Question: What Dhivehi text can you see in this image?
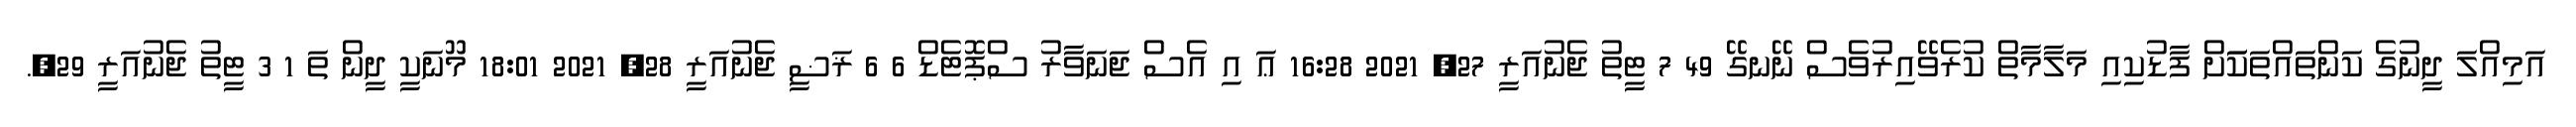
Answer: އަމިއްލަ ދީނުގެ ކަންތައްތަކަަށް ފާޑުކިއި މަލާމާތް ކުރެވޭއިރުވެސް ނޭނގޭ 49 7 ޓީތު ޖެނުއަރީ 27, 2021 16:28 ޢަ އި އެސް ޖަނަވާރު ސްޕޮޓެޑް 6 6 ޜަޟީ ޖެނުއަރީ 28, 2021 18:01 މޫނަކީ ދީން ތަ 1 3 ޓީތު ޖެނުއަރީ 29,.